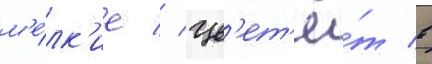
м'е́лк'ие // Цв'ет'ё́т в